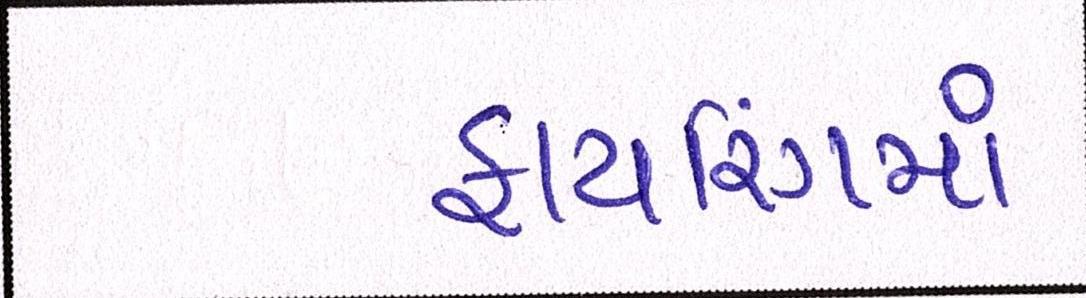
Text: ફાયરિંગમાં